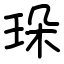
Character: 𤤸